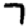
Digit: 7